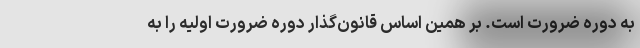
به دوره ضرورت است. بر همین اساس قانون‌گذار دوره ضرورت اولیه را به